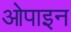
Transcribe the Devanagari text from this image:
ओपाइन